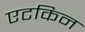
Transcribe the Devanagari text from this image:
एटकिन